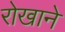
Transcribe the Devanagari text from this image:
रोखाने